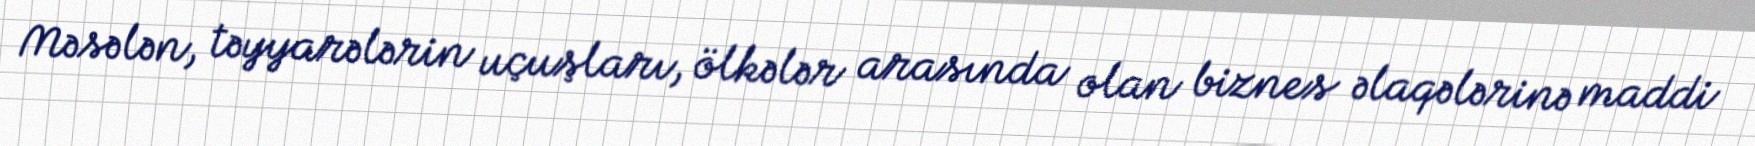
Məsələn, təyyarələrin uçuşları, ölkələr arasında olan biznes əlaqələrinə maddi